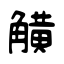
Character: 觵